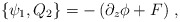
\begin{align*}\{ \psi_{1}, Q_{2} \}= -\left (\partial_z \phi + F \right )\,,\end{align*}